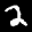
Label: 2